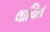
લાચિત